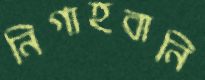
নিগাহবানি